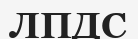
ЛПДС